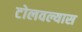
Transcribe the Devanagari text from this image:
टोलवल्यास